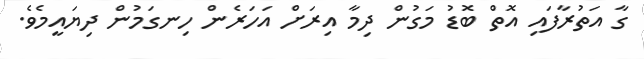
ގާ އަތުރާފައި އޮތް ބޮޑު މަގުން ދިމާ އިރަށް އަހަރެން ހިނގަމުން ދިޔައީމެވެ.